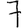
Digit: 7